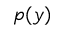
p ( y )